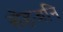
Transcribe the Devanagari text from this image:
सेहजनि